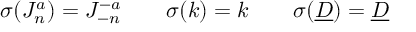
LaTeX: \sigma ( J _ { n } ^ { a } ) = J _ { - n } ^ { - a } \qquad \sigma ( k ) = k \qquad \sigma ( \underline { { { D } } } ) = \underline { { { D } } }